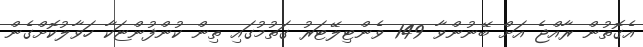
އެގޮތުން ރާއްޖެ އަށް ބޭނުންވާ 149 ވެންޓިލޭޓަރު ގަތުމުގައި ތިން ކުންފުންޏަކާ ހަވާލުކޮށްގެން